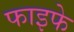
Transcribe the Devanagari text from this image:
फाइफे